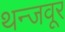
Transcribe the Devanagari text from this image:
थन्जवूर